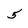
Character: 5